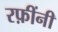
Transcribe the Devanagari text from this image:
रफ़ींनी